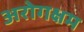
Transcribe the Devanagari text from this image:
अरोगक्षम